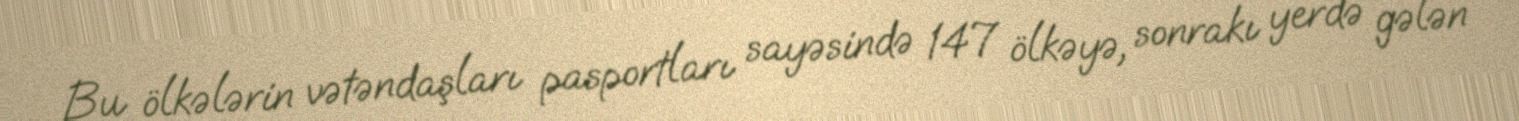
Bu ölkələrin vətəndaşları pasportları sayəsində 147 ölkəyə, sonrakı yerdə gələn